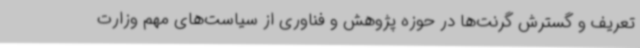
تعریف و گسترش گرنت‌ها در حوزه پژوهش و فناوری از سیاست‌های مهم وزارت